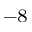
^ { - 8 }